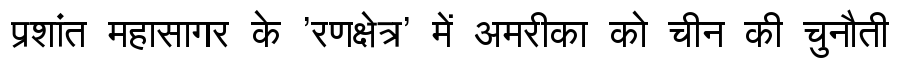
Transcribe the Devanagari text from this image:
प्रशांत महासागर के 'रणक्षेत्र' में अमरीका को चीन की चुनौती